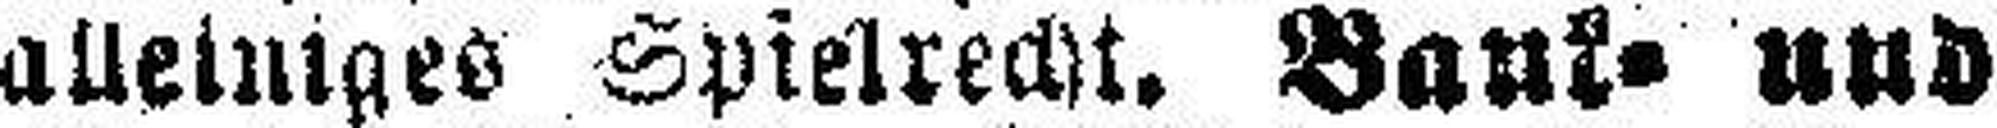
alleiniges Spielrecht. Bank= und